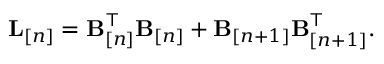
\begin{array} { r } { { \bf L } _ { [ n ] } = { \bf B } _ { [ n ] } ^ { \top } { \bf B } _ { [ n ] } + { \bf B } _ { [ n + 1 ] } { \bf B } _ { [ n + 1 ] } ^ { \top } . } \end{array}